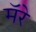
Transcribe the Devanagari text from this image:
मॅरे